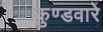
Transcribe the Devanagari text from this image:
कुण्डवारे